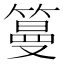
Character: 𥲑